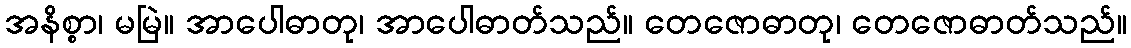
အနိစ္စာ၊ မမြဲ။ အာပေါဓာတု၊ အာပေါဓာတ်သည်။ တေဇောဓာတု၊ တေဇောဓာတ်သည်။